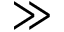
\gg